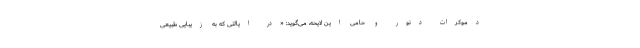
دموکرات دنور و حامی این لایحه، می‌گوید: «در ایالتی که به زیبایی طبیعی